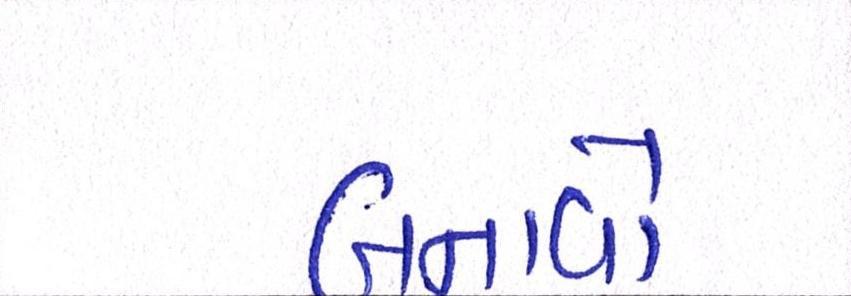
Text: બનાવો